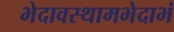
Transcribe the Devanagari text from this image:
भेदावस्थामभेदाभं